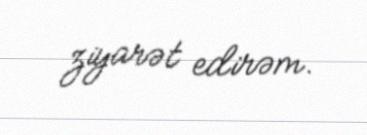
ziyarət edirəm.